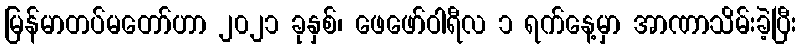
မြန်မာတပ်မတော်ဟာ ၂၀၂၁ ခုနှစ်၊ ဖေဖော်ဝါရီလ ၁ ရက်နေ့မှာ အာဏာသိမ်းခဲ့ပြီး